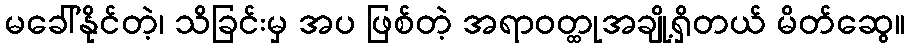
မခေါ်နိုင်တဲ့၊ သိခြင်းမှ အပ ဖြစ်တဲ့ အရာဝတ္ထုအချို့ရှိတယ် မိတ်ဆွေ။